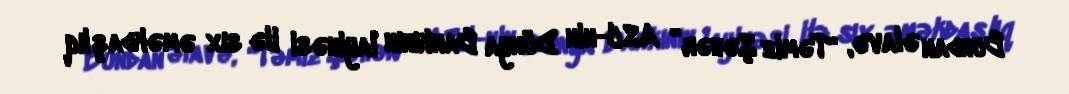
Bundan əlavə, “Təmiz Şəhər” ASC-nin Dünya Bankının layihəsi ilə sıx əməkdaşlıq